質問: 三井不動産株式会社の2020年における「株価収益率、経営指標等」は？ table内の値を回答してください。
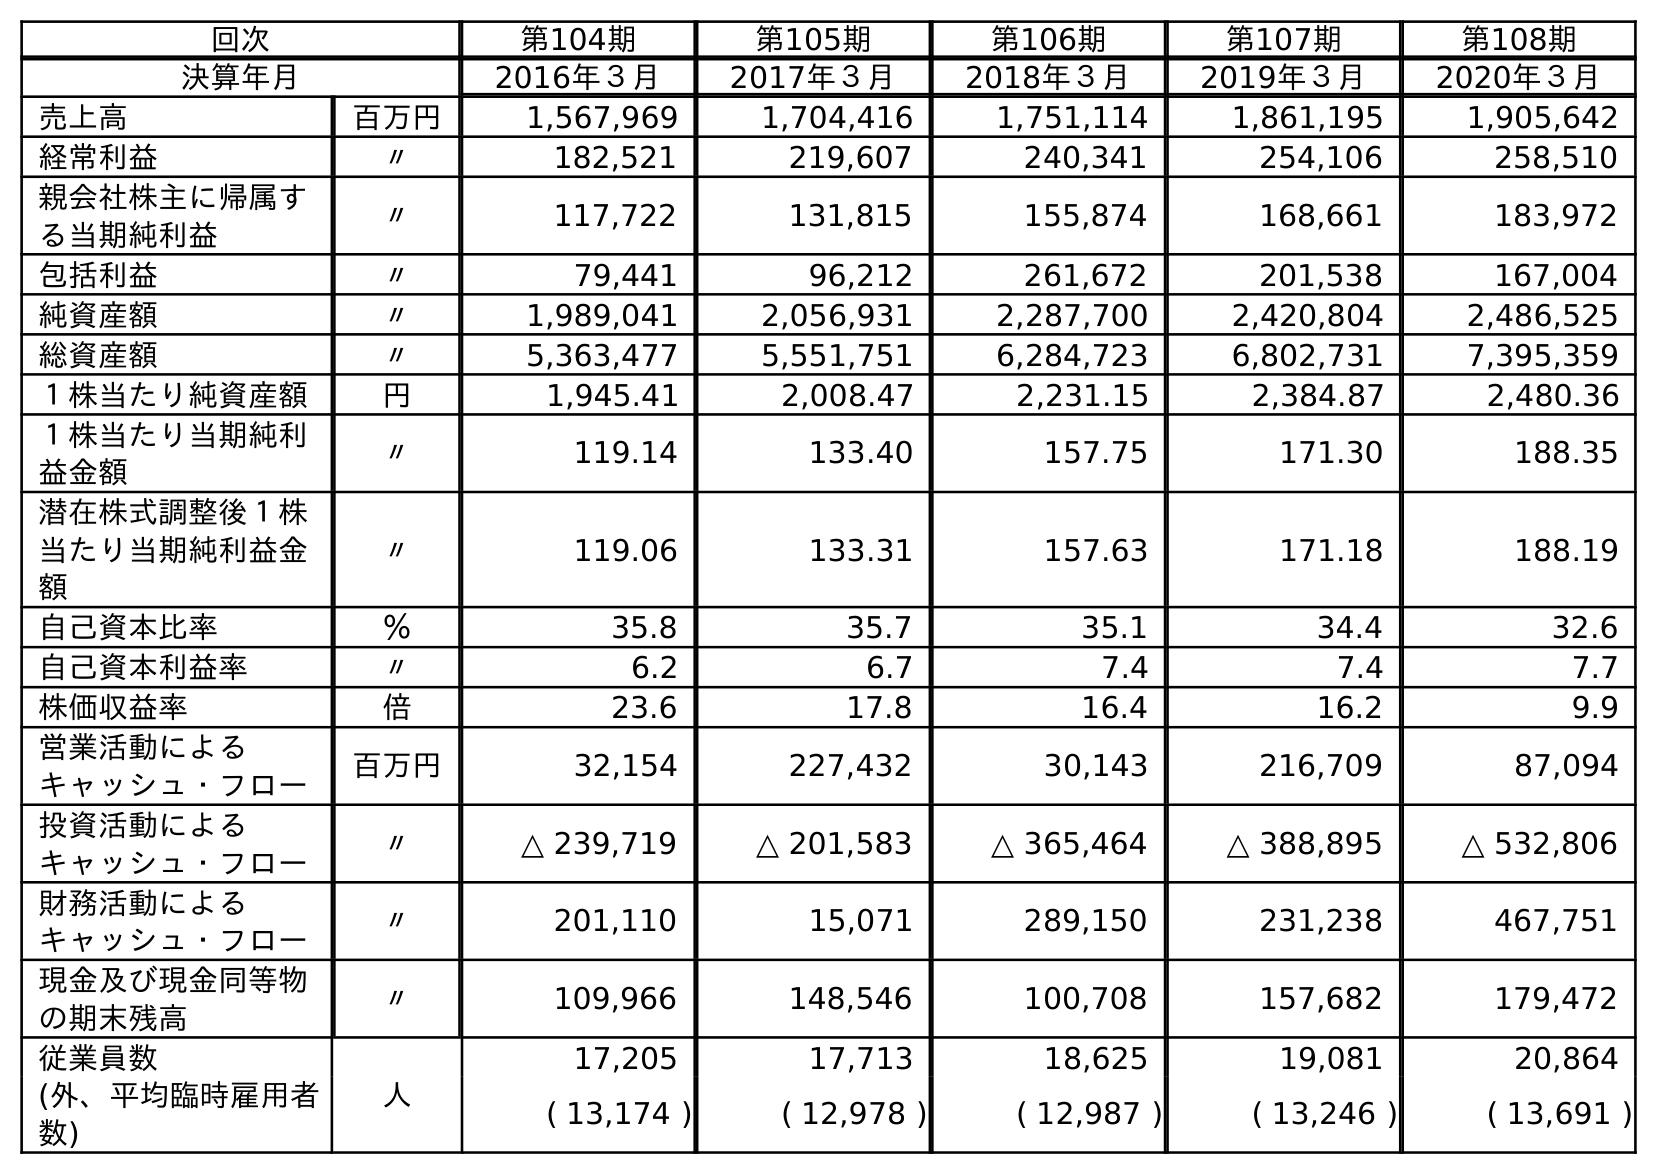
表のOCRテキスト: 回次 第104期 第105期 第106期 第107期 第108期 決算年月 2016年３月 2017年３月 2018年３月 2019年３月 2020年３月 売上高 百万円 1,567,969 1,704,416 1,751,114 1,861,195 1,905,642 経常利益 〃 182,521 219,607 240,341 254,106 258,510 親会社株主に帰属す る当期純利益 〃 117,722 131,815 155,874 168,661 183,972 包括利益 〃 79,441 96,212 261,672 201,538 167,004 純資産額 〃 1,989,041 2,056,931 2,287,700 2,420,804 2,486,525 総資産額 〃 5,363,477 5,551,751 6,284,723 6,802,731 7,395,359 １株当たり純資産額 円 1,945.41 2,008.47 2,231.15 2,384.87 2,480.36 １株当たり当期純利 益金額 〃 119.14 133.40 157.75 171.30 188.35 潜在株式調整後１株 当たり当期純利益金 額 〃 119.06 133.31 157.63 171.18 188.19 自己資本比率 ％ 35.8 35.7 35.1 34.4 32.6 自己資本利益率 〃 6.2 6.7 7.4 7.4 7.7 株価収益率 倍 23.6 17.8 16.4 16.2 9.9 営業活動による キャッシュ・フロー 百万円 32,154 227,432 30,143 216,709 87,094 投資活動による キャッシュ・フロー 〃 △ 239,719 △ 201,583 △ 365,464 △ 388,895 △ 532,806 財務活動による キャッシュ・フロー 〃 201,110 15,071 289,150 231,238 467,751 現金及び現金同等物 の期末残高 〃 109,966 148,546 100,708 157,682 179,472 従業員数 人 17,205 17,713 18,625 19,081 20,864 (外、平均臨時雇用者 数) ( 13,174 ) ( 12,978 ) ( 12,987 ) ( 13,246 ) ( 13,691 )
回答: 9.9